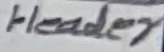
Text: Header